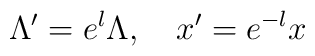
\Lambda'=e^l \Lambda, \quad x' = e^{-l}x